Welfare of youth, 1939
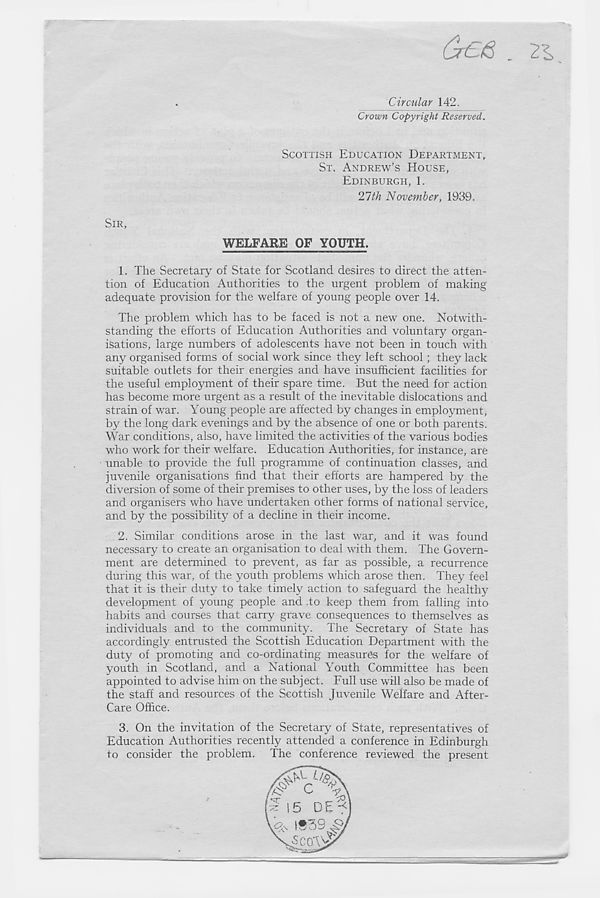
(jr£& . 2“<,
Circular 142.
Crown Copyright Reserved.
SCOTTISH EDUCATION DEPARTMENT,
ST. ANDREW'S HOUSE,
EDINBURGH, 1.
21th November, 1939.
SIR,
WELFARE OF YOUTH.
1. The Secretary of State for Scotland desires to direct the atten-
tion of Education Authorities to the urgent problem of making
adequate provision for the welfare of young people over 14.
The problem which has to be faced is not a new one. Notwith-
standing the efforts of Education Authorities and voluntary organ-
isations, large numbers of adolescents have not been in touch with
any organised forms of social work since they left school ; they lack
suitable outlets for their energies and have insufficient facilities for
the useful employment of their spare time. But the need for action
has become more urgent as a result of the inevitable dislocations and
strain of war. Young people are affected by changes in employment,
by the long dark evenings and by the absence of one or both parents.
War conditions, also, have limited the activities of the various bodies
who work for their welfare. Education Authorities, for instance, are
unable to provide the full programme of continuation classes, and
juvenile organisations find that their efforts are hampered by the
diversion of some of their premises to other uses, by the loss of leaders
and organisers who have undertaken other forms of national service,
and by the possibility of a decline in their income.
2. Similar conditions arose in the last war, and it was found
necessary to create an organisation to deal with them. The Govern-
ment are determined to prevent, as far as possible, a recurrence
during this war, of the youth problems which arose then. They feel
that it is their duty to take timely action to safeguard the healthy
development of young people and .to keep them from falling into
habits and courses that carry grave consequences to themselves as
individuals and to the community. The Secretary of State has
accordingly entrusted the Scottish Education Department with the
duty of promoting and co-ordinating measures for the welfare of
youth in Scotland, and a National Youth Committee has been
appointed to advise him on the subject. Full use will also be made of
the staff and resources of the Scottish Juvenile Welfare and After-
Care Office.
3. On the invitation of the Secretary of State, representatives of
Education Authorities recently attended a conference in Edinburgh
to consider the problem. The conference reviewed the present